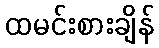
ထမင်းစားချိန်